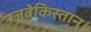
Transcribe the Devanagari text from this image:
उज़बेकिस्तान।